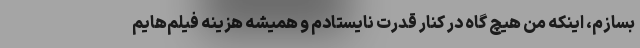
بسازم، اینکه من هیچ گاه در کنار قدرت نایستادم و همیشه هزینه فیلم‌هایم